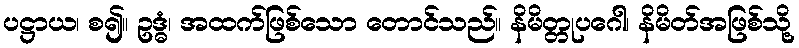
ပဋ္ဌာယ၊ စ၍။ ဥဒ္ဓံ၊ အထက်ဖြစ်သော တောင်သည်။ နိမိတ္တုပဂေါ၊ နိမိတ်အဖြစ်သို့